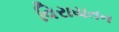
વિરાયતન